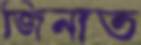
জিনাত